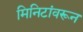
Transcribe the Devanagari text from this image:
मिनिटांवरून